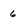
Character: 6